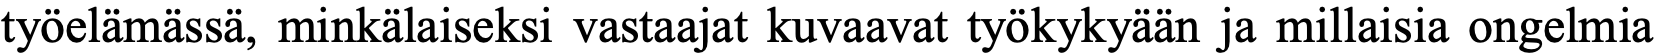
työelämässä, minkälaiseksi vastaajat kuvaavat työkykyään ja millaisia ongelmia